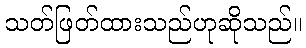
သတ်ဖြတ်ထားသည်ဟုဆိုသည်။